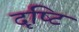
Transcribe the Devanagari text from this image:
दृष्‍टि